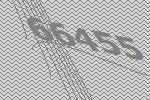
66455